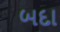
બદા